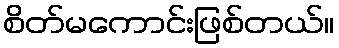
စိတ်မကောင်းဖြစ်တယ်။